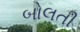
બોલતી